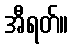
အီရတ်။